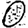
Digit: 0